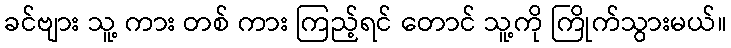
ခင်ဗျား သူ့ ကား တစ် ကား ကြည့်ရင် တောင် သူ့ကို ကြိုက်သွားမယ်။